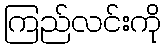
ကြည်လင်းကို